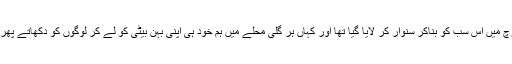
کہاں عورت مارچ میں اس سب کو بناکر سنوار کر لایا گیا تھا اور کہاں ہر گلی محلے میں ہم خود ہی اپنی بہن بیٹی کو لے کر لوگوں کو دکھاتے پھر رہے ہوتے ہیں۔